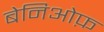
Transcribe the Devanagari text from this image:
बेनिओफ़